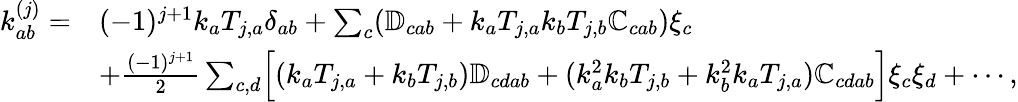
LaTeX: \begin{array}{rl}{\mathcal{k}_{ab}^{(j)}=}&{(-1)^{j+1}k_{a}T_{j,a}\delta_{ab}+\sum_{c}(\mathbb{D}_{cab}+k_{a}T_{j,a}k_{b}T_{j,b}\mathbb{C}_{cab})\xi_{c}}\\ &{+\frac{(-1)^{j+1}}{2}\sum_{c,d}\Bigl[(k_{a}T_{j,a}+k_{b}T_{j,b})\mathbb{D}_{cdab}+(k_{a}^{2}k_{b}T_{j,b}+k_{b}^{2}k_{a}T_{j,a})\mathbb{C}_{cdab}\Bigl]\xi_{c}\xi_{d}+\cdots,}\end{array}